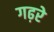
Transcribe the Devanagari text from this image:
गढ़रे